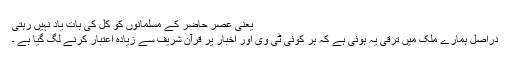
یعنی عصرِ حاضر کے مسلمانوں کو کل کی بات یاد نہیں رہتی
دراصل ہمارے ملک میں ترقی یہ ہوئی ہے کہ ہر کوئی ٹی وی اور اخبار پر قرآن شریف سے زیادہ اعتبار کرنے لگ گیا ہے ۔